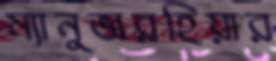
ম্যানুভারহিয়ার